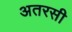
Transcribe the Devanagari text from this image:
अतरसी